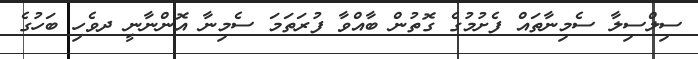
ސިލްސިލާ ސެމިނާތައް ފެށުމުގެ ގޮތުން ބާއްވާ ފުރަތަމަ ސެމިނާ އޮންނާނީ ދވެހި ބަހުގެ